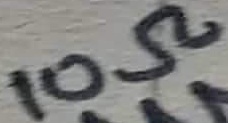
Text: 10Ω